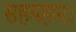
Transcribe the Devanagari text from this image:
सहमहान्।